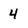
Character: 4